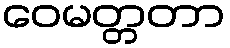
ဝေမတ္တတာ